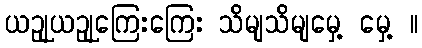
ယဉျယဉျကြေးကြေး သိမျသိမျမှေ့ မှေ့ ။